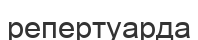
репертуарда